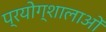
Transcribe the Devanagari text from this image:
प्रयोग्शालाओं